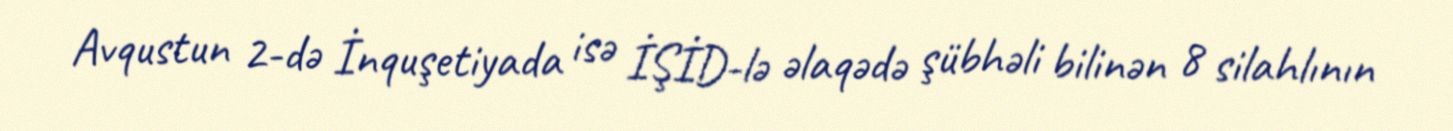
Avqustun 2-də İnquşetiyada isə İŞİD-lə əlaqədə şübhəli bilinən 8 silahlının